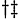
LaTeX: ^{\dagger\ddagger}